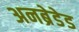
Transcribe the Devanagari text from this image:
अनब्रेडेड